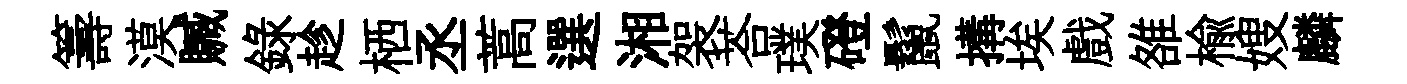
籌漠贓録趁栖丞蒿選湘袈荅璞磴鬣搆埃戲雒榆嫂麟